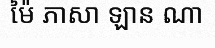
ម៉ៃ ភាសា ឡាន ណា